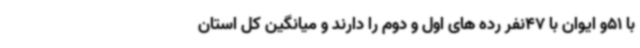
با 51و ایوان با 47نفر رده های اول و دوم را دارند و میانگین کل استان